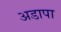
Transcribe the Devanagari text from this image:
अडापा